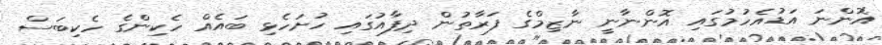
އޮންނަ އަޑުއެހުމުގައި އޮންނާނީ ނާޒިމްގެ ފަރާތުން ދިފާއުގައި ހުށަހެޅި ބައެއް ހެކިންގެ ހެކިބަސް